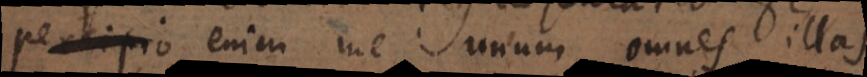
Percipio enim me unum omnes illas